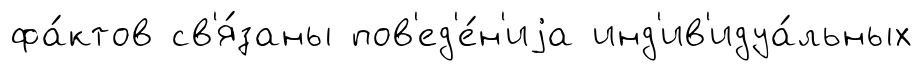
фа́ктов св'я́заны пов'ед'е́н'иjа инд'ив'идуа́льных